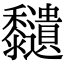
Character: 𪐔